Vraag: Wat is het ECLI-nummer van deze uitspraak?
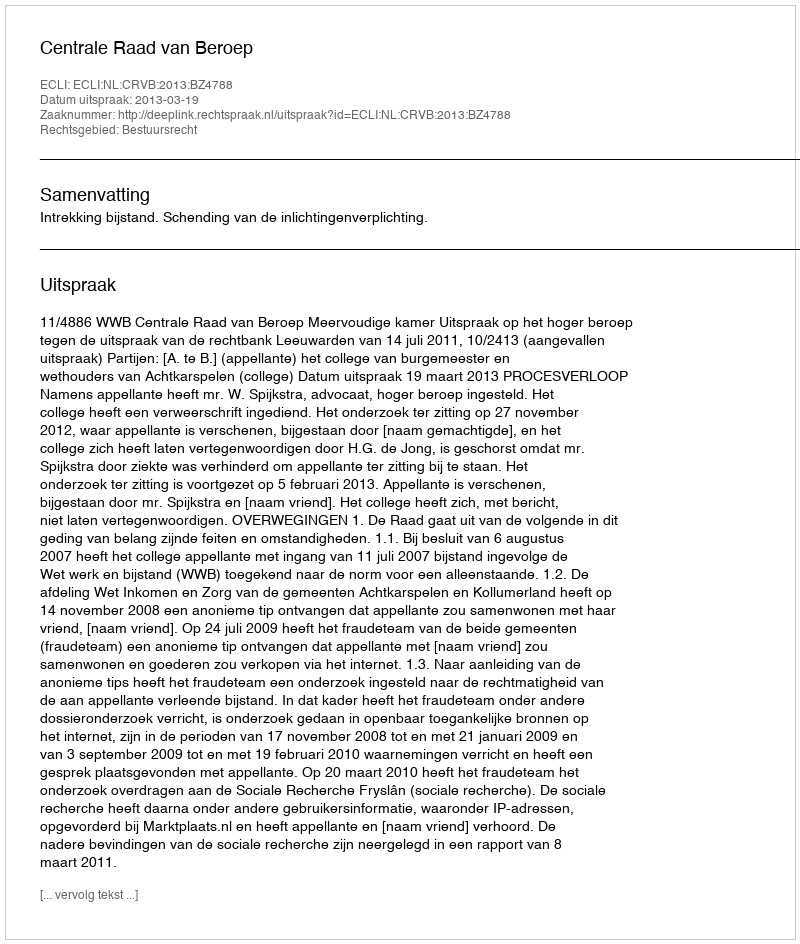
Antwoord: ECLI:NL:CRVB:2013:BZ4788